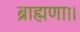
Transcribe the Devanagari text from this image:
ब्राह्मणा।।